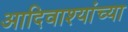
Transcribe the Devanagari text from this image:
आदिवाश्यांच्या